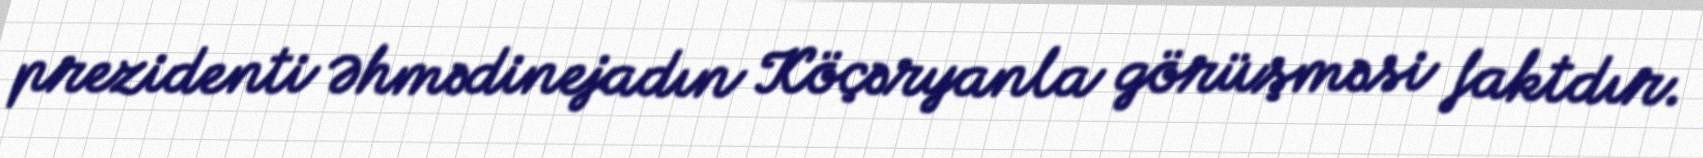
prezidenti Əhmədinejadın Köçəryanla görüşməsi faktdır.